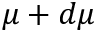
\mu + d \mu